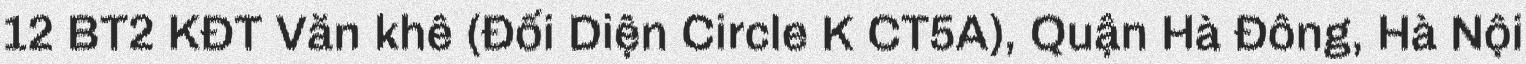
12 BT2 KĐT Văn khê (Đối Diện Circle K CT5A), Quận Hà Đông, Hà Nội